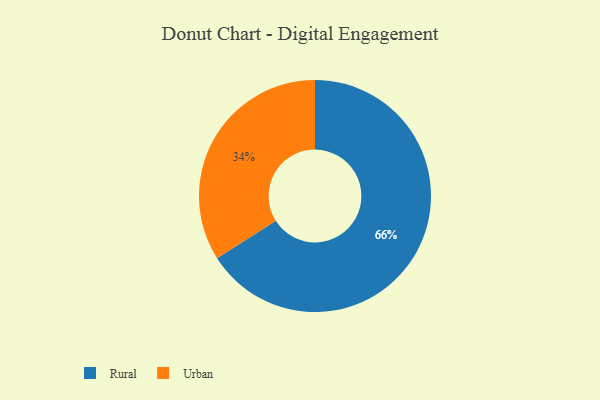
{"axis": {"x": "Category", "y": "Percentage"}, "legend": ["Rural", "Urban"], "data": [{"x": "Urban", "y": 34, "type": "Urban"}, {"x": "Rural", "y": 66, "type": "Rural"}]}